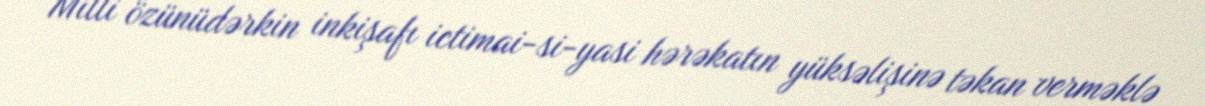
Milli özünüdərkin inkişafı ictimai-si-yasi hərəkatın yüksəlişinə təkan verməklə